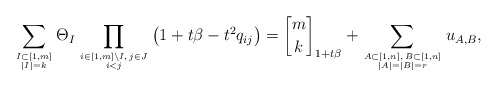
\begin{align*}\sum_{I \subset [1,m] \atop |I|=k} \Theta_{I}\prod_{i \in [1,m] {\setminus} I, \, j \in J \atop i < j} \big(1+t \beta-t^2 q_{ij}\big)= {m \brack k} _{1+t \beta} +\sum_{A \subset [1,n], \, B \subset[1,n] \atop |A|=|B|=r} u_{A,B},\end{align*}